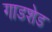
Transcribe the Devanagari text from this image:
गाडशेड